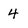
Character: 4